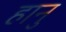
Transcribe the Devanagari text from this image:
हानु